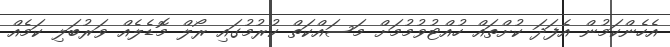
އެހެންކަމުން އެފަދަ ކުށްތައް ހުއްޓުވުމުމަށް މަސައްކަތް ކުރުމުގައި ރޯލް މޮޑެލެއް ވަރުބަލި ކަމެއް